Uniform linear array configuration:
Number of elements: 24
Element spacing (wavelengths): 0.5
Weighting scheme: cosine
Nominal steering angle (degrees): -60
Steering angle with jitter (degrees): -58.417
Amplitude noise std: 0.05
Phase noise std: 0.05

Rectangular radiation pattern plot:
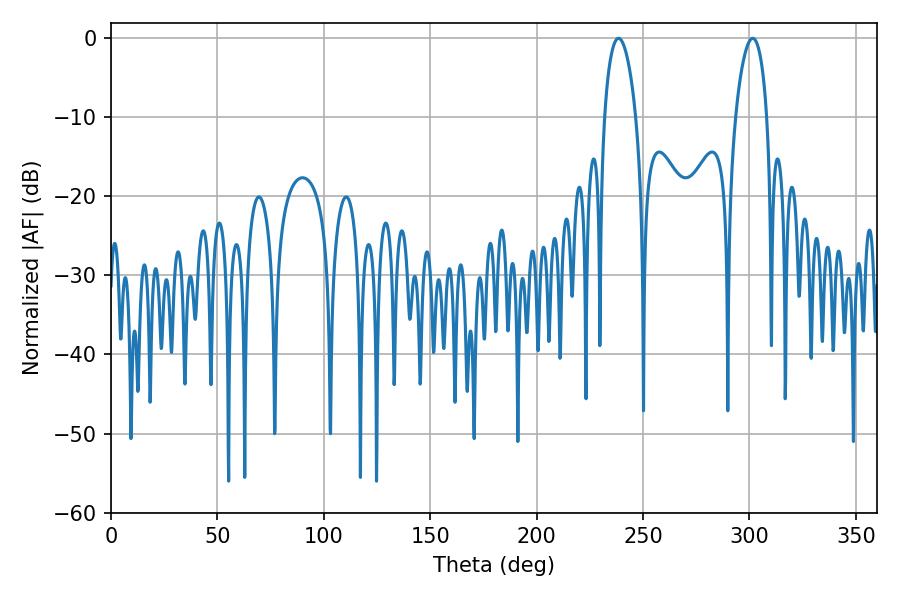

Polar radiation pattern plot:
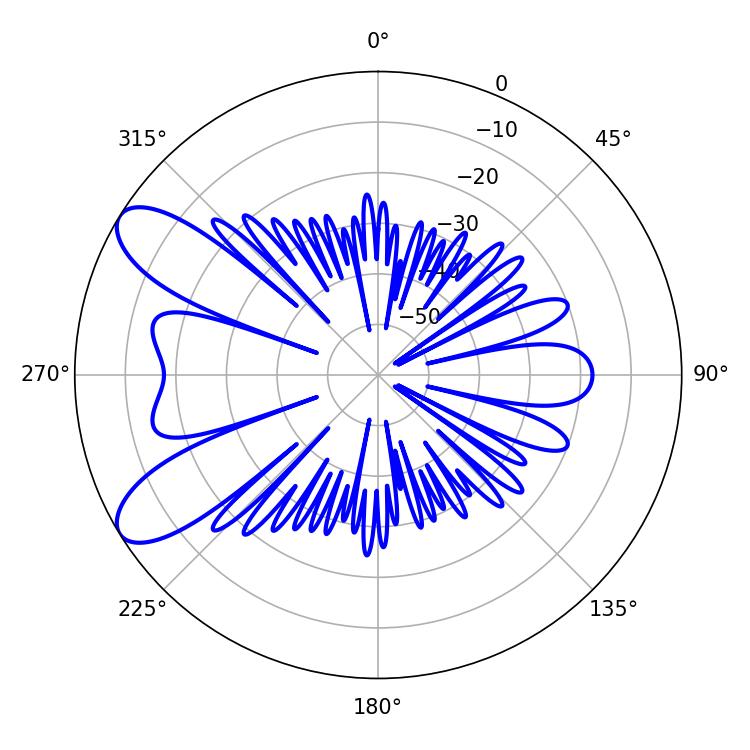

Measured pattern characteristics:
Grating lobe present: FALSE
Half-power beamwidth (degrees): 8.46
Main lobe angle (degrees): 238.5